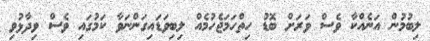
ލިބުމުން އަނެއްކާ ވެސް ވަރަށް ބޮޑު ހިތްހަމަޖެހުމެއް ލިބިވަޑައިގަންނަވާ ކަމުގައި ވެސް ވިދާޅުވި